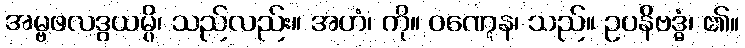
အမ္ဗဖလဒွယမ္ပိ၊ သည်လည်း။ အဟံ၊ ကို။ ဝဏ္ဋေန၊ သည်။ ဥပနိဗဒ္ဓံ၊ ၏။